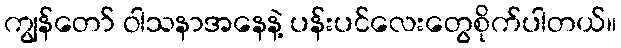
ကျွန်တော် ဝါသနာအနေနဲ့ ပန်းပင်လေးတွေစိုက်ပါတယ်။